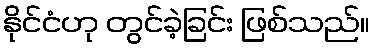
နိုင်ငံဟု တွင်ခဲ့ခြင်း ဖြစ်သည်။